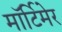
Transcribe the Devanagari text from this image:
माॅर्टिमेर